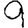
Digit: 9